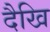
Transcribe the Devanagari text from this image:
दैखि